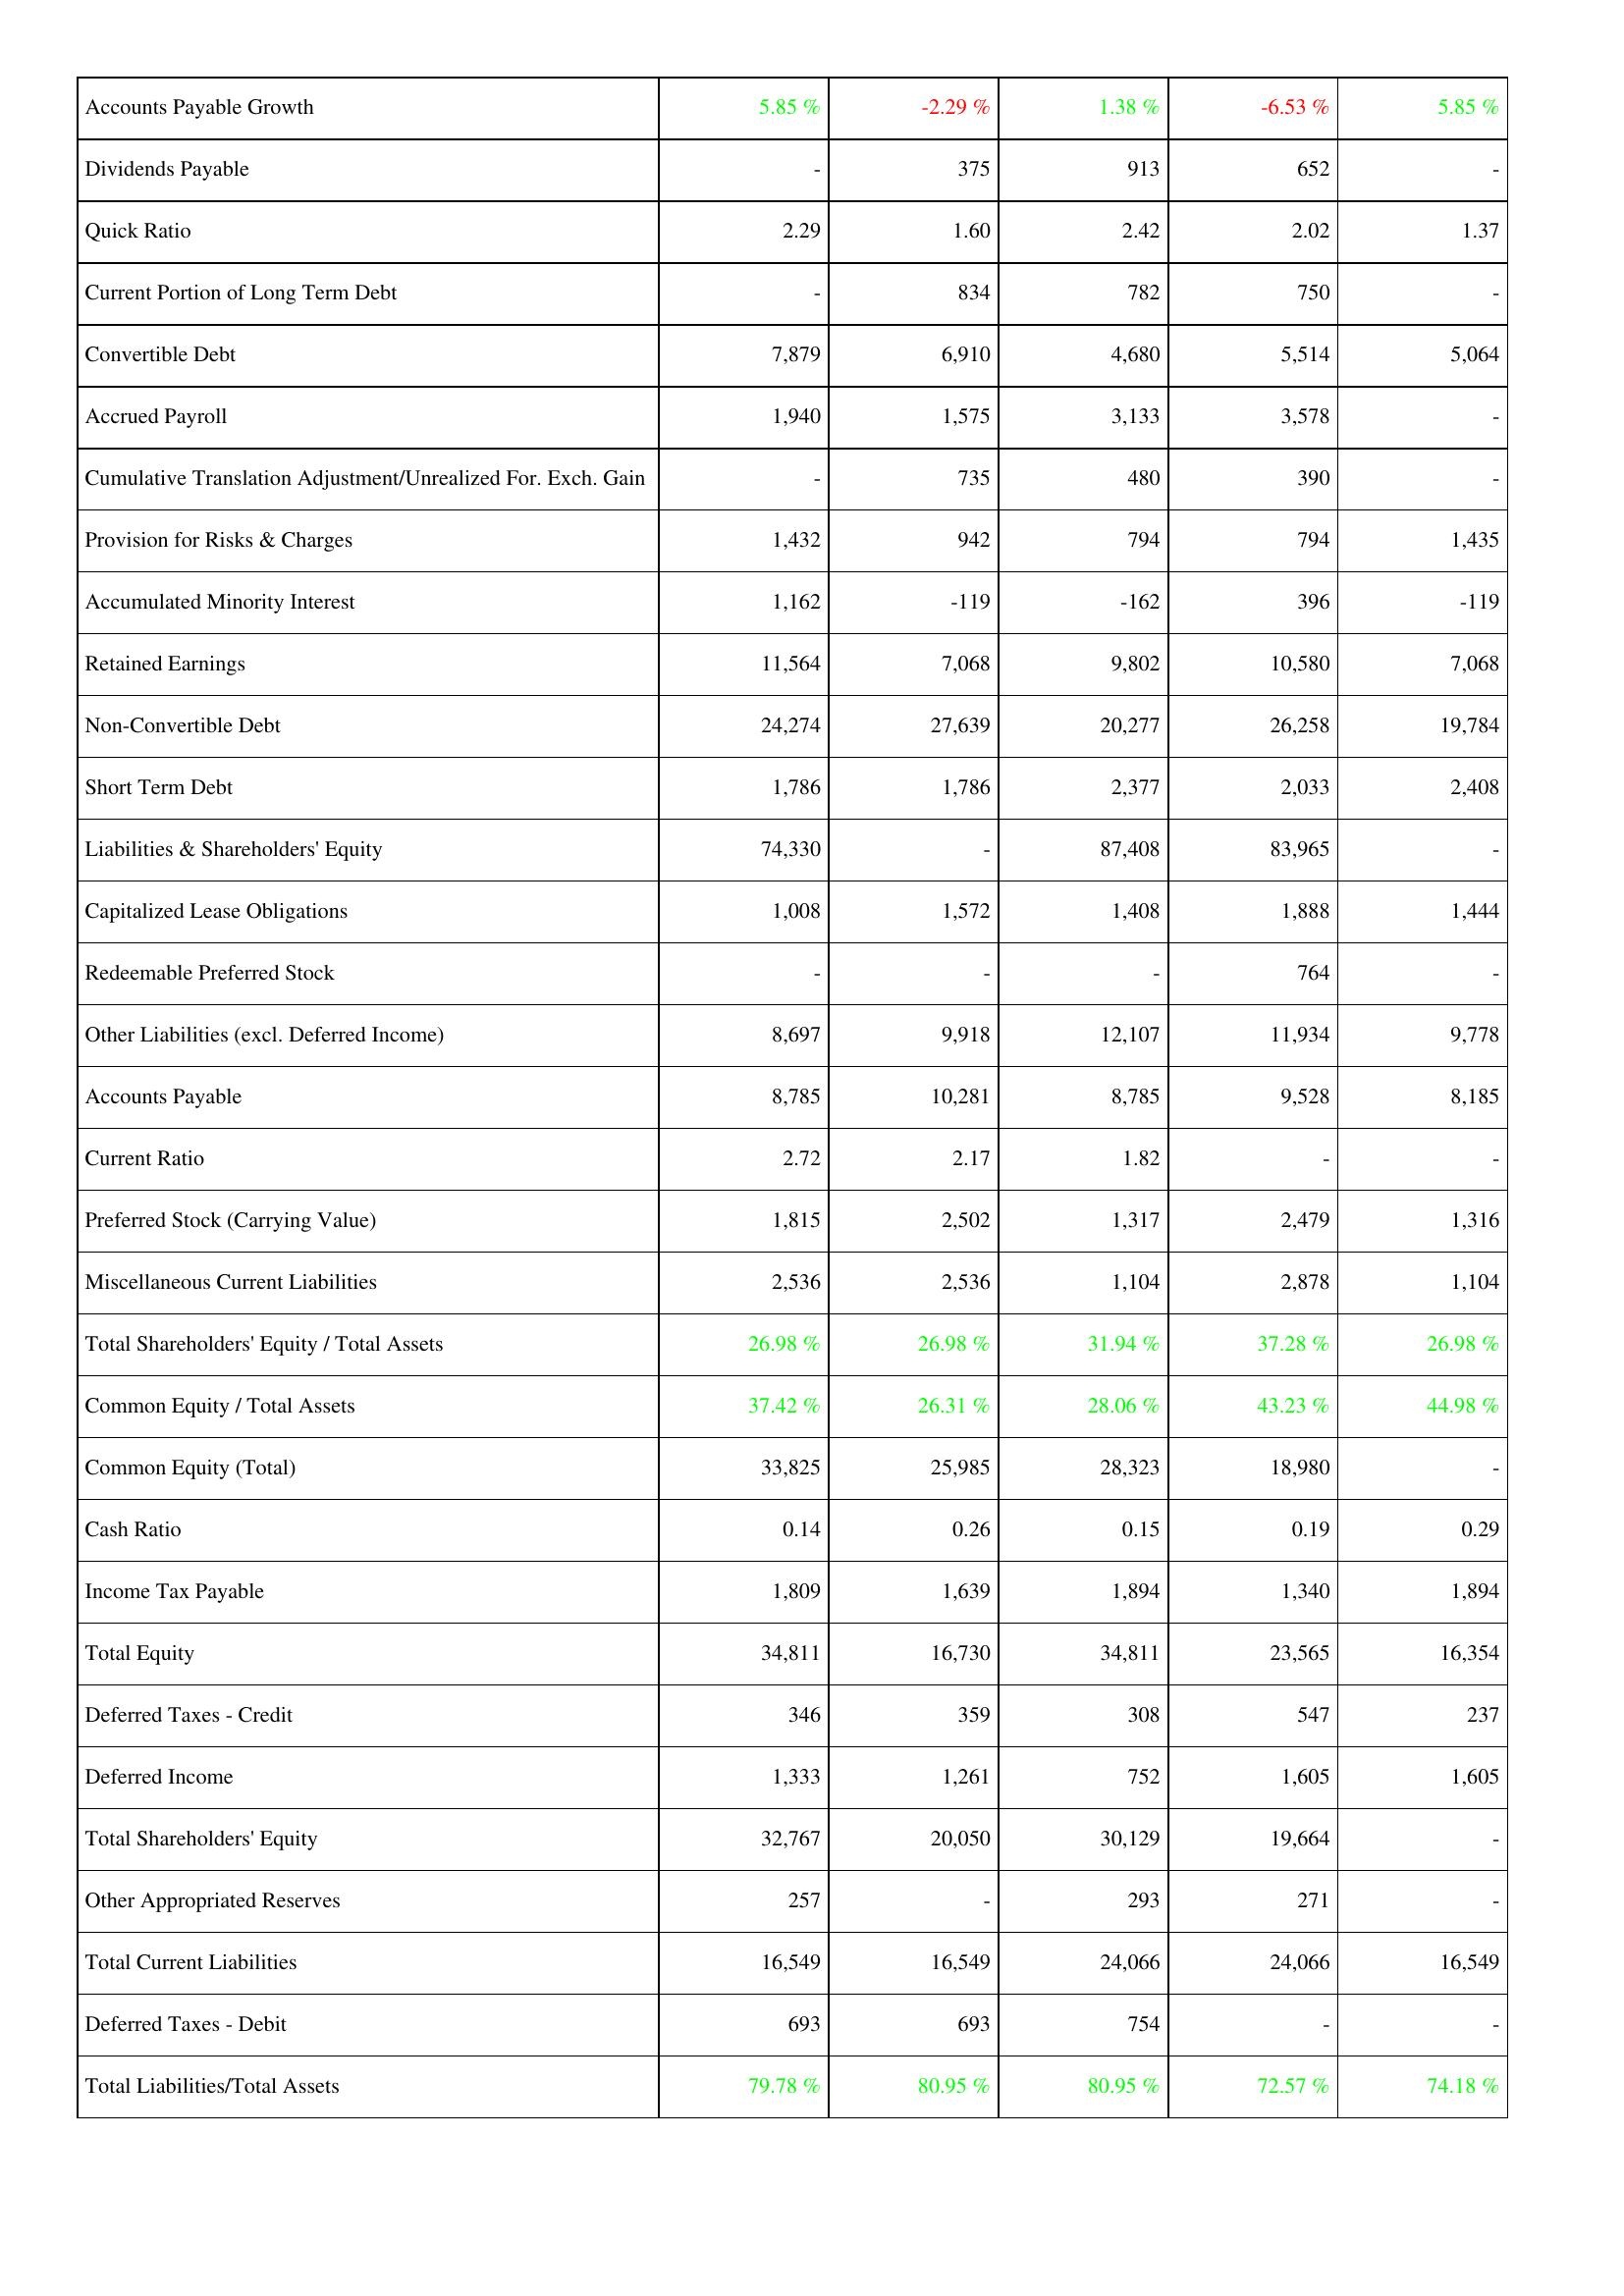
2012: Liabilities & Shareholders' Equity: Accounts Payable Growth: 5.85 %
Dividends Payable: -
Quick Ratio: 2.29
Current Portion of Long Term Debt: -
Convertible Debt: 7,879
Accrued Payroll: 1,940
Cumulative Translation Adjustment/Unrealized For. Exch. Gain: -
Provision for Risks & Charges: 1,432
Accumulated Minority Interest: 1,162
Retained Earnings: 11,564
Non-Convertible Debt: 24,274
Short Term Debt: 1,786
Liabilities & Shareholders' Equity: 74,330
Capitalized Lease Obligations: 1,008
Redeemable Preferred Stock: -
Other Liabilities (excl. Deferred Income): 8,697
Accounts Payable: 8,785
Current Ratio: 2.72
Preferred Stock (Carrying Value): 1,815
Miscellaneous Current Liabilities: 2,536
Total Shareholders' Equity / Total Assets: 26.98 %
Common Equity / Total Assets: 37.42 %
Common Equity (Total): 33,825
Cash Ratio: 0.14
Income Tax Payable: 1,809
Total Equity: 34,811
Deferred Taxes - Credit: 346
Deferred Income: 1,333
Total Shareholders' Equity: 32,767
Other Appropriated Reserves: 257
Total Current Liabilities: 16,549
Deferred Taxes - Debit: 693
Total Liabilities/Total Assets: 79.78 %
2011: Liabilities & Shareholders' Equity: Accounts Payable Growth: -2.29 %
Dividends Payable: 375
Quick Ratio: 1.60
Current Portion of Long Term Debt: 834
Convertible Debt: 6,910
Accrued Payroll: 1,575
Cumulative Translation Adjustment/Unrealized For. Exch. Gain: 735
Provision for Risks & Charges: 942
Accumulated Minority Interest: -119
Retained Earnings: 7,068
Non-Convertible Debt: 27,639
Short Term Debt: 1,786
Liabilities & Shareholders' Equity: -
Capitalized Lease Obligations: 1,572
Redeemable Preferred Stock: -
Other Liabilities (excl. Deferred Income): 9,918
Accounts Payable: 10,281
Current Ratio: 2.17
Preferred Stock (Carrying Value): 2,502
Miscellaneous Current Liabilities: 2,536
Total Shareholders' Equity / Total Assets: 26.98 %
Common Equity / Total Assets: 26.31 %
Common Equity (Total): 25,985
Cash Ratio: 0.26
Income Tax Payable: 1,639
Total Equity: 16,730
Deferred Taxes - Credit: 359
Deferred Income: 1,261
Total Shareholders' Equity: 20,050
Other Appropriated Reserves: -
Total Current Liabilities: 16,549
Deferred Taxes - Debit: 693
Total Liabilities/Total Assets: 80.95 %
2010: Liabilities & Shareholders' Equity: Accounts Payable Growth: 1.38 %
Dividends Payable: 913
Quick Ratio: 2.42
Current Portion of Long Term Debt: 782
Convertible Debt: 4,680
Accrued Payroll: 3,133
Cumulative Translation Adjustment/Unrealized For. Exch. Gain: 480
Provision for Risks & Charges: 794
Accumulated Minority Interest: -162
Retained Earnings: 9,802
Non-Convertible Debt: 20,277
Short Term Debt: 2,377
Liabilities & Shareholders' Equity: 87,408
Capitalized Lease Obligations: 1,408
Redeemable Preferred Stock: -
Other Liabilities (excl. Deferred Income): 12,107
Accounts Payable: 8,785
Current Ratio: 1.82
Preferred Stock (Carrying Value): 1,317
Miscellaneous Current Liabilities: 1,104
Total Shareholders' Equity / Total Assets: 31.94 %
Common Equity / Total Assets: 28.06 %
Common Equity (Total): 28,323
Cash Ratio: 0.15
Income Tax Payable: 1,894
Total Equity: 34,811
Deferred Taxes - Credit: 308
Deferred Income: 752
Total Shareholders' Equity: 30,129
Other Appropriated Reserves: 293
Total Current Liabilities: 24,066
Deferred Taxes - Debit: 754
Total Liabilities/Total Assets: 80.95 %
2009: Liabilities & Shareholders' Equity: Accounts Payable Growth: -6.53 %
Dividends Payable: 652
Quick Ratio: 2.02
Current Portion of Long Term Debt: 750
Convertible Debt: 5,514
Accrued Payroll: 3,578
Cumulative Translation Adjustment/Unrealized For. Exch. Gain: 390
Provision for Risks & Charges: 794
Accumulated Minority Interest: 396
Retained Earnings: 10,580
Non-Convertible Debt: 26,258
Short Term Debt: 2,033
Liabilities & Shareholders' Equity: 83,965
Capitalized Lease Obligations: 1,888
Redeemable Preferred Stock: 764
Other Liabilities (excl. Deferred Income): 11,934
Accounts Payable: 9,528
Current Ratio: -
Preferred Stock (Carrying Value): 2,479
Miscellaneous Current Liabilities: 2,878
Total Shareholders' Equity / Total Assets: 37.28 %
Common Equity / Total Assets: 43.23 %
Common Equity (Total): 18,980
Cash Ratio: 0.19
Income Tax Payable: 1,340
Total Equity: 23,565
Deferred Taxes - Credit: 547
Deferred Income: 1,605
Total Shareholders' Equity: 19,664
Other Appropriated Reserves: 271
Total Current Liabilities: 24,066
Deferred Taxes - Debit: -
Total Liabilities/Total Assets: 72.57 %
2008: Liabilities & Shareholders' Equity: Accounts Payable Growth: 5.85 %
Dividends Payable: -
Quick Ratio: 1.37
Current Portion of Long Term Debt: -
Convertible Debt: 5,064
Accrued Payroll: -
Cumulative Translation Adjustment/Unrealized For. Exch. Gain: -
Provision for Risks & Charges: 1,435
Accumulated Minority Interest: -119
Retained Earnings: 7,068
Non-Convertible Debt: 19,784
Short Term Debt: 2,408
Liabilities & Shareholders' Equity: -
Capitalized Lease Obligations: 1,444
Redeemable Preferred Stock: -
Other Liabilities (excl. Deferred Income): 9,778
Accounts Payable: 8,185
Current Ratio: -
Preferred Stock (Carrying Value): 1,316
Miscellaneous Current Liabilities: 1,104
Total Shareholders' Equity / Total Assets: 26.98 %
Common Equity / Total Assets: 44.98 %
Common Equity (Total): -
Cash Ratio: 0.29
Income Tax Payable: 1,894
Total Equity: 16,354
Deferred Taxes - Credit: 237
Deferred Income: 1,605
Total Shareholders' Equity: -
Other Appropriated Reserves: -
Total Current Liabilities: 16,549
Deferred Taxes - Debit: -
Total Liabilities/Total Assets: 74.18 %